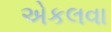
એકલવા